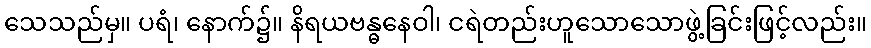
သေသည်မှ။ ပရံ၊ နောက်၌။ နိရယဗန္ဓနေဝါ၊ ငရဲတည်းဟူသောသောဖွဲ့ခြင်းဖြင့်လည်း။